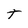
Character: t